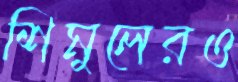
শিমুলেরও